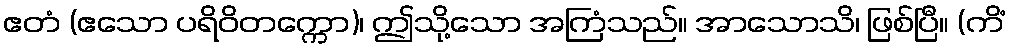
ဧတံ (ဧသော ပရိဝိတက္ကော)၊ ဤသို့သော အကြံသည်။ အာသောသိ၊ ဖြစ်ပြီ။ (ကိံ